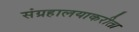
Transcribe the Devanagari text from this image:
संग्रहालयाकरीता